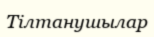
Тілтанушылар